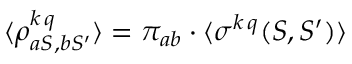
\langle \rho _ { a S , b S ^ { \prime } } ^ { k \, q } \rangle = \pi _ { a b } \cdot \langle \sigma ^ { k \, q } ( S , S ^ { \prime } ) \rangle